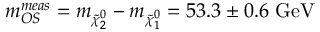
m _ { O S } ^ { m e a s } = m _ { \tilde { \chi } _ { 2 } ^ { 0 } } - m _ { \tilde { \chi } _ { 1 } ^ { 0 } } = 5 3 . 3 \pm 0 . 6 \mathrm { \ G e V }